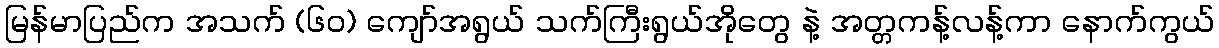
မြန်မာပြည်က အသက် (၆၀) ကျော်အရွယ် သက်ကြီးရွယ်အိုတွေ နဲ့ အတ္တကန့်လန့်ကာ နောက်ကွယ်